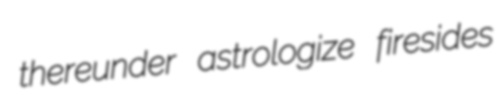
thereunder astrologize firesides